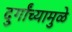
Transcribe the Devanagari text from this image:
दुर्गांच्यामुळे